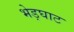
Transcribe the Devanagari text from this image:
भेड़घाट